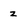
Character: z